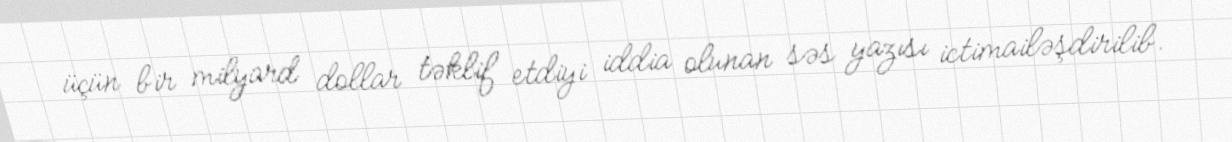
üçün bir milyard dollar təklif etdiyi iddia olunan səs yazısı ictimailəşdirilib.